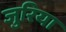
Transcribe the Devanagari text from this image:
जुरिया